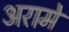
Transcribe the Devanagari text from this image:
अरामे